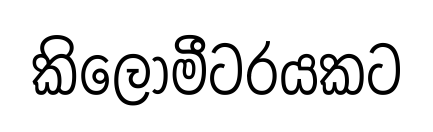
කිලෝමීටරයකට